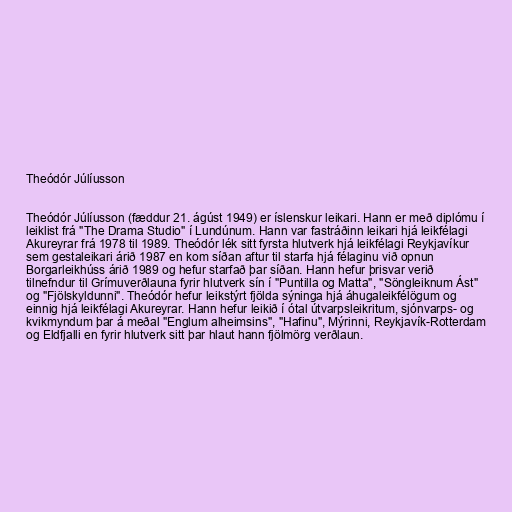
Theódór Júlíusson

Theódór Júlíusson (fæddur 21. ágúst 1949) er íslenskur leikari. Hann er með diplómu í
leiklist frá "The Drama Studio" í Lundúnum. Hann var fastráðinn leikari hjá leikfélagi
Akureyrar frá 1978 til 1989. Theódór lék sitt fyrsta hlutverk hjá leikfélagi Reykjavíkur
sem gestaleikari árið 1987 en kom síðan aftur til starfa hjá félaginu við opnun
Borgarleikhúss árið 1989 og hefur starfað þar síðan. Hann hefur þrisvar verið
tilnefndur til Grímuverðlauna fyrir hlutverk sín í "Puntilla og Matta", "Söngleiknum Ást"
og "Fjölskyldunni". Theódór hefur leikstýrt fjölda sýninga hjá áhugaleikfélögum og
einnig hjá leikfélagi Akureyrar. Hann hefur leikið í ótal útvarpsleikritum, sjónvarps- og
kvikmyndum þar á meðal "Englum alheimsins", "Hafinu", Mýrinni, Reykjavík-Rotterdam
og Eldfjalli en fyrir hlutverk sitt þar hlaut hann fjölmörg verðlaun.